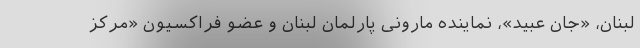
لبنان، «جان عبید»، نماینده مارونی پارلمان لبنان و عضو فراکسیون «مرکز